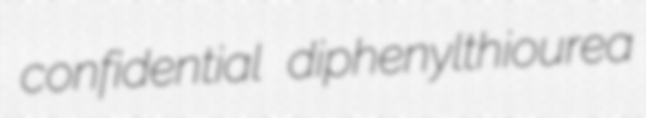
confidential diphenylthiourea